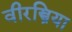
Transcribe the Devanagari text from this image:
वीरस्त्रिया